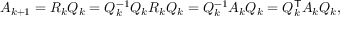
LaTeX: A _ { k + 1 } = R _ { k } Q _ { k } = Q _ { k } ^ { - 1 } Q _ { k } R _ { k } Q _ { k } = Q _ { k } ^ { - 1 } A _ { k } Q _ { k } = Q _ { k } ^ { \mathsf { T } } A _ { k } Q _ { k } ,